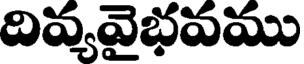
దివ్యవైభవము